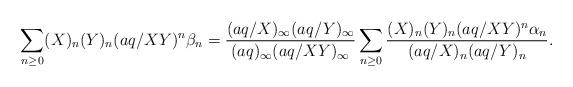
LaTeX: \begin{align*}\sum_{n\ge0}(X)_n(Y)_n(aq/XY)^n\beta_n=\frac{(aq/X)_{\infty}(aq/Y)_{\infty}}{(aq)_{\infty}(aq/XY)_{\infty}}\sum_{n\ge0}\frac{(X)_n(Y)_n(aq/XY)^n\alpha_n}{(aq/X)_n(aq/Y)_n}.\end{align*}